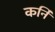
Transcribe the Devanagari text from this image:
कर्नि